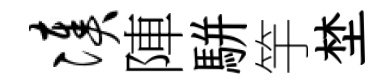
凑陣駢竽埜